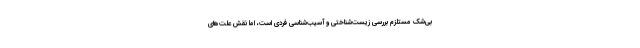
بی‌شک مستلزم بررسی زیست‌شناختی و آسیب‌شناسی فردی است، اما نقش علت‌های